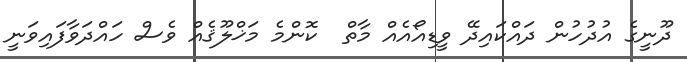
ދޫނީގެ އުދުހުން ދައްކައިދޭ ވީޑިއޯއެއް މާތް  ކޮންމެ މަޚްލޫޤެއް ވެސް ހައްދަވާފައިވަނީ